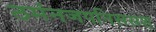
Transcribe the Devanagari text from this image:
ठमंनजपनिससश्